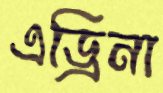
এড্রিনা